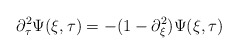
\begin{align*}\partial_{\tau}^{2} \Psi(\xi, \tau) = - (1 - \partial_{\xi}^{2})\Psi(\xi, \tau)\end{align*}